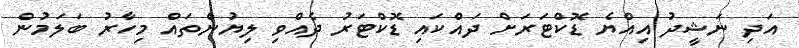
އަދި ނަޝީދު އިއްޔެ ޑޮކްޓަރަށް ދައްކައި ޑޮކްޓަރު ދެއްވި ލިޔުންތައް މިހާރު ބަލަމުން